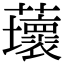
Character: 蘾